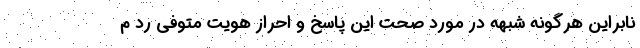
نابراین هرگونه شبهه‌ در مورد صحت این پاسخ و احراز هویت متوفی رد م